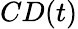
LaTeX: CD(t)